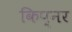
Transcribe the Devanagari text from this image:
किप्नर